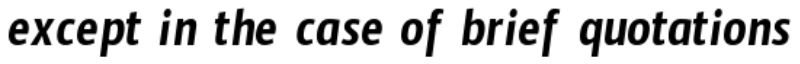
except in the case of brief quotations